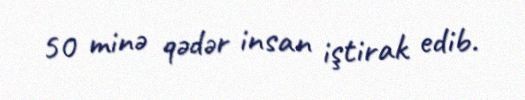
50 minə qədər insan iştirak edib.